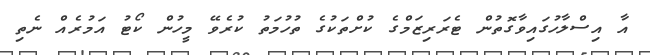
އާ އިސްލާހުގައިވާގޮތުން ޓެރަރިޒަމްގެ ކުށްތަކުގެ ތުހުމަތު ކުރެވޭ މީހުން ކޯޓު އަމުރެއް ނެތި